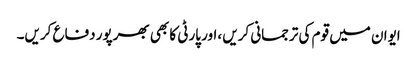
ایوان میں قوم کی ترجمانی کریں ،اور پارٹی کا بھی بھرپور دفاع کریں۔